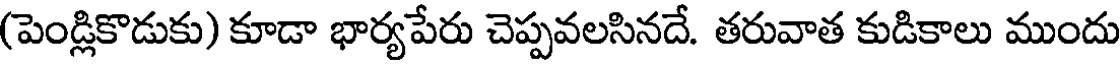
(పెండ్లికొడుకు) కూడా భార్యపేరు చెప్పవలసినదే. తరువాత కుడికాలు ముందు